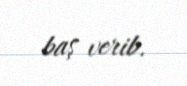
baş verib.